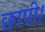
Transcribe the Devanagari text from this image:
छापी।